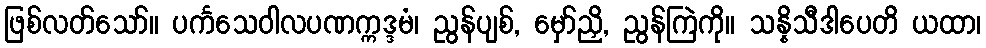
ဖြစ်လတ်သော်။ ပင်္ကသေဝါလပဏက္ကဒ္ဒမံ၊ ညွန်ပျစ်, မှော်ညှိ, ညွန်ကြဲကို။ သန္နိသီဒါပေတိ ယထာ၊